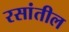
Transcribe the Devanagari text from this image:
रसांतील